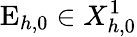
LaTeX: \mathrm{E}_{h,0}\in X_{h,0}^{1}